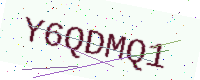
Text: Y6QDMQ1